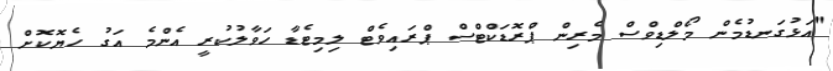
"އަޅުގަނޑުމެން މޯލްޑިވްސް މެރިން ޕްރޮޑަކްޓްސް ޕްރައިވެޓް ލިމިޓެޑާ ހަވާލުކުރީ އެންމެ އަގު ހެޔޮކޮށް